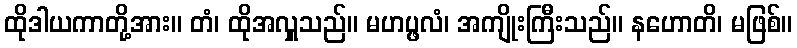
ထိုဒါယကာတို့အား။ တံ၊ ထိုအလှူသည်။ မဟပ္ဖလံ၊ အကျိုးကြီးသည်။ နဟောတိ၊ မဖြစ်။